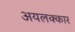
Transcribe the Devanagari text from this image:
अयलक्कार